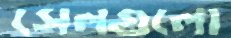
সেলগুলো